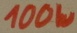
Text: 100W